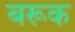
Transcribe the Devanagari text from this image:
बरूक